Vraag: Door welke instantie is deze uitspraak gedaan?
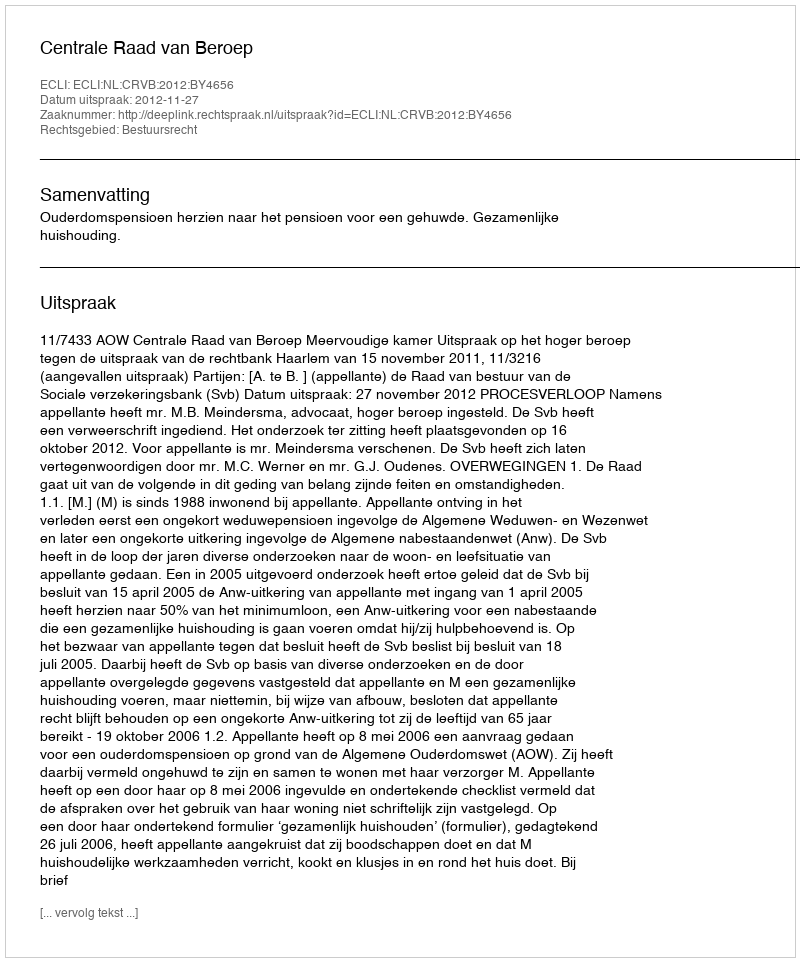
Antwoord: Centrale Raad van Beroep